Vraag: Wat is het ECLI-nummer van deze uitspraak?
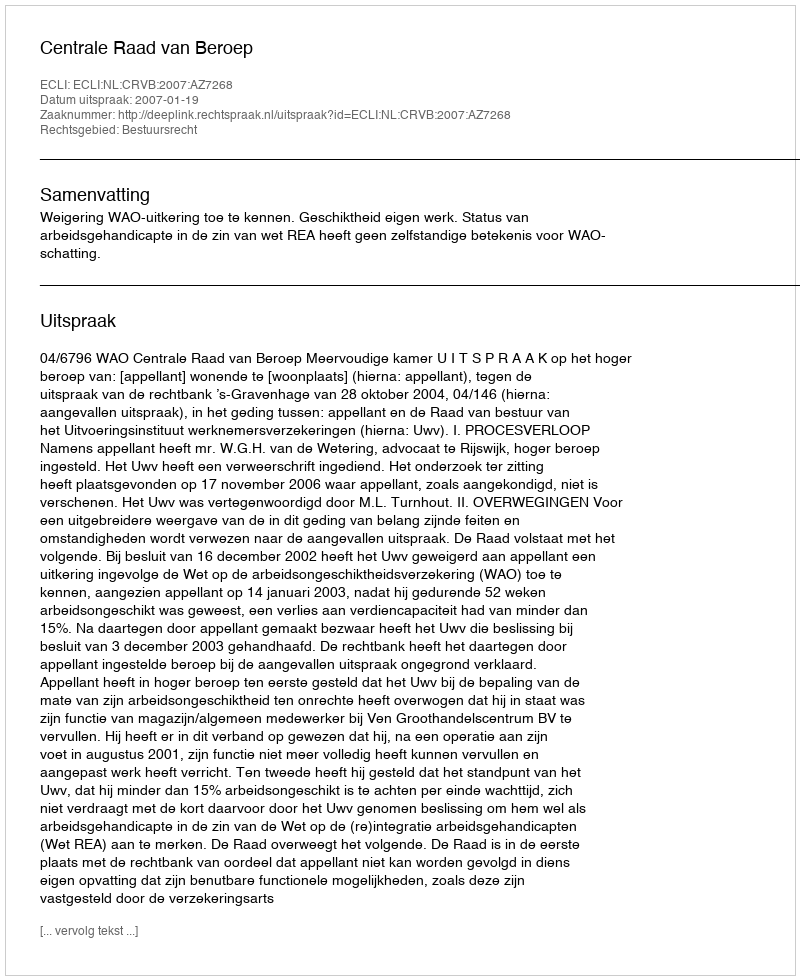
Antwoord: ECLI:NL:CRVB:2007:AZ7268